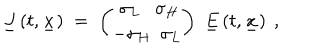
\underline { { { J } } } \left( t , \underline { { { x } } } \right) \; = \; { \binom { ~ \sigma _ { L } \sigma _ { H } } { - \sigma _ { H } ~ ~ \sigma _ { L } } } ~ ~ \underline { { { E } } } \left( t , \underline { { { x } } } \right) ~ ,